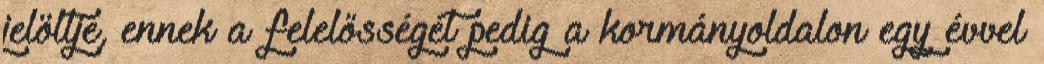
jelöltje, ennek a felelősségét pedig a kormányoldalon egy évvel